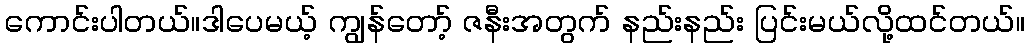
ကောင်းပါတယ်။ဒါပေမယ့် ကျွန်တော့် ဇနီးအတွက် နည်းနည်း ပြင်းမယ်လို့ထင်တယ်။